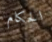
الحكام